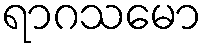
ရာဂသမော